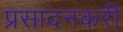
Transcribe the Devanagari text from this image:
प्रसादनकरी